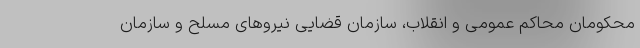
محکومان محاکم عمومی و انقلاب، سازمان قضایی نیروهای مسلح و سازمان